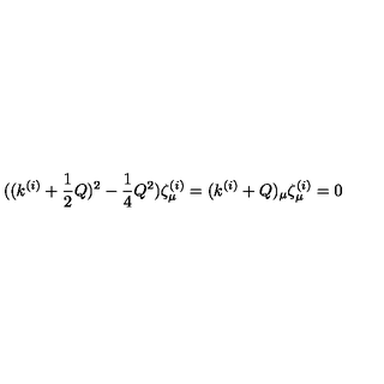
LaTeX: ( ( k ^ { ( i ) } + \frac { 1 } { 2 } Q ) ^ { 2 } - \frac { 1 } { 4 } Q ^ { 2 } ) \zeta _ { \mu } ^ { ( i ) } = ( k ^ { ( i ) } + Q ) _ { \mu } \zeta _ { \mu } ^ { ( i ) } = 0